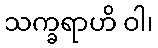
သက္ခရာဟိ ဝါ၊